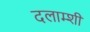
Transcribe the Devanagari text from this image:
दलाम्शी